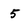
Character: 5